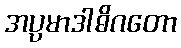
အပ္ပမာဒါဓိဂတော